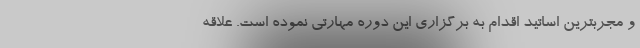
و مجربترین اساتید اقدام به برگزاری این دوره مهارتی نموده است. علاقه